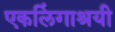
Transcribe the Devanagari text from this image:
एकलिंगाश्रयी